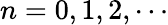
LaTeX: n=0,1,2,\cdots